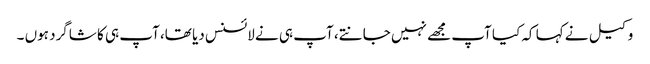
وکیل نے کہا کہ کیا آپ مجھے نہیں جانتے، آپ ہی نے لائسنس دیا تھا، آپ ہی کا شاگرد ہوں ۔